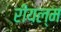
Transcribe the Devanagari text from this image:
रीयल्म